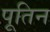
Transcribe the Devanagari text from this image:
पूतिन